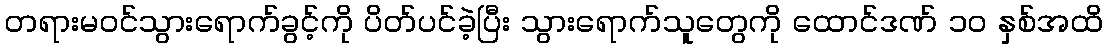
တရားမဝင်သွားရောက်ခွင့်ကို ပိတ်ပင်ခဲ့ပြီး သွားရောက်သူတွေကို ထောင်ဒဏ် ၁၀ နှစ်အထိ